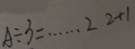
A \div 3 = \cdots 2 2 + 1